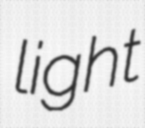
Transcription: light